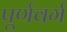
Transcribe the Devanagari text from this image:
पूर्णवर्ग